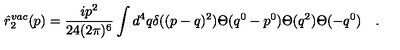
\hat { r } _ { 2 } ^ { v a c } ( p ) = \frac { i p ^ { 2 } } { 2 4 ( 2 \pi ) ^ { 6 } } \int d ^ { 4 } q \delta ( ( p - q ) ^ { 2 } ) \Theta ( q ^ { 0 } - p ^ { 0 } ) \Theta ( q ^ { 2 } ) \Theta ( - q ^ { 0 } ) \quad .